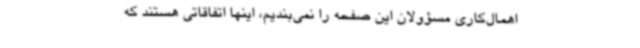
اهمال‌کاری مسؤولان این صفحه را نمی‌بندیم، اینها اتفاقاتی هستند که